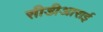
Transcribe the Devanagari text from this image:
सीडीआराई